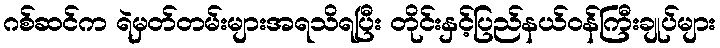
ဂစ်ဆင်က ရဲမှတ်တမ်းများအရသိရပြီး တိုင်းနှင့်ပြည်နယ်ဝန်ကြီးချုပ်များ